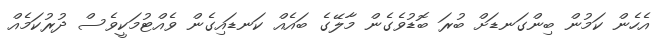
އެހެން ކަމުން ބިންގަނޑަށް ބުރަ ބޮޑުވެގެން މާލޭގެ ބައެއް ކަނޑައިގެން ވެއްޓުމަކީވެސް ދުރުކަމެއް